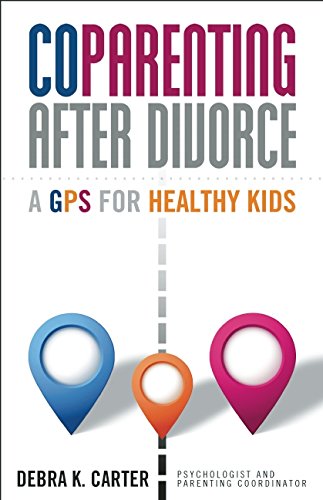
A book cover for CoParenting After Divorce: A GPS For Healthy Kids; Debra K. Carter; Parenting & Relationships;